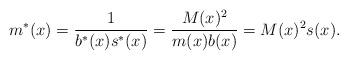
LaTeX: \begin{align*}m^*(x)=\frac{1}{b^*(x)s^*(x)}=\frac{M(x)^2}{m(x)b(x)}=M(x)^2s(x).\end{align*}